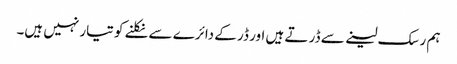
ہم رسک لینے سے ڈر تے ہیں اور ڈر کے دائرے سے نکلنے کو تیار نہیں ہیں۔